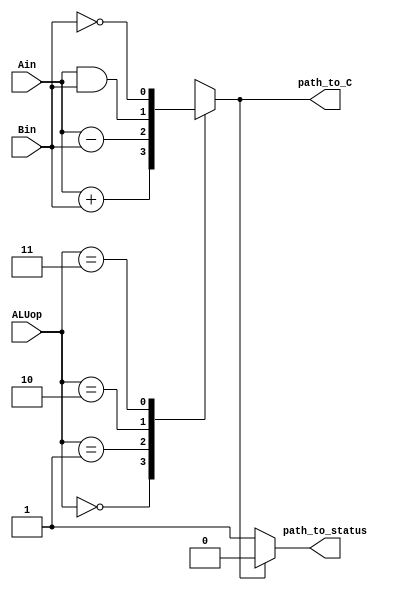
//------------------------------------------- 
//  Name:         vtotient
// Student no:    xx
// Lab Section:   xx
//-------------------------------------------

//******************************************
// This is the ALU component
//
// INPUTS:  Ain 16 bits 
// INPUTS:  Bin 16 bits
// INPUTS:  ALUop 2 bits
// OUTPUTS: path_to_C 16 bits
// OUTPUTS: path_to_status 1 bit
//
// This Arithmetic Logic Unit has the
// following truth table:
// 
// _____________________
// | ALUop | path_to_C |
// ---------------------
// |  00   | Ain + Bin |
// ---------------------
// |  01   | Ain - Bin |
// ---------------------
// |  10   | Ain & Bin |
// ---------------------
// |  11   |    ~Bin   |
// ---------------------
//
// The size of Ain, Bin, and path_to_C can
// be paramertized
// The path_to_status has logic value 1 
// when path_to_C is k'b0, else 0 
// 
//****************************************


module ALU( Ain, Bin, ALUop, path_to_C, path_to_status );
	
	parameter k = 1;

	input [k-1:0] Ain;
	input [k-1:0] Bin;
	input [2:0] ALUop;
	
	output reg [k-1:0] path_to_C;
	output reg path_to_status;

	always @(*) begin

		// This controls the path_to_C signal
		case(ALUop) 
		  2'b00   : path_to_C = Ain + Bin;
		  2'b01   : path_to_C = Ain - Bin;
		  2'b10   : path_to_C = Ain & Bin;
		  2'b11   : path_to_C = ~Bin;
		  default : path_to_C = {k{1'bx}};
		endcase
		
		// This controls the path_to_status signal
		case(path_to_C)
		  {k{1'b0}} : path_to_status = 1'b1;
		  default   : path_to_status = 1'b0;
		endcase
	end
endmodule